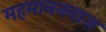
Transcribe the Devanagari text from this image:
महमाननवाज़